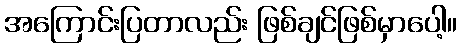
အကြောင်းပြတာလည်း ဖြစ်ချင်ဖြစ်မှာပေါ့။